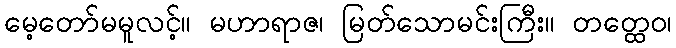
မေ့တော်မမူလင့်။ မဟာရာဇ၊ မြတ်သောမင်းကြီး။ တတ္ထေဝ၊